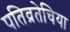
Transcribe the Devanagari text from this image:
पतिव्रतेचिया